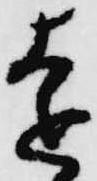
遠